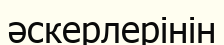
әскерлерінін